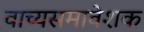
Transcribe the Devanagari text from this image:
वाच्यसमावेशक